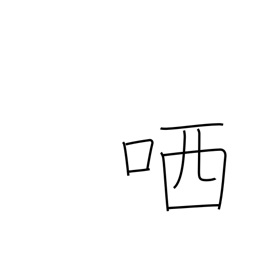
Meaning: sneer